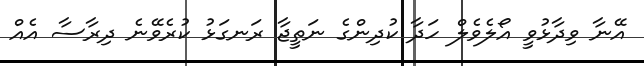
އޭނާ ވިދާޅުވީ އޯލެވެލް ހަދާ ކުދިންގެ ނަތީޖާ ރަނގަޅު ކުރެވޭނެ ދިރާސާ އެއް